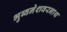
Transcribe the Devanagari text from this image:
भुब्वनेशवरनाथ